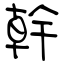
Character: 幹